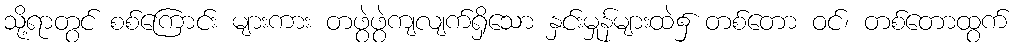
သို့ရာတွင် စစ်ကြောင်း များကား တဖွဲဖွဲကျလျက်ရှိသော နှင်းမှုန်များထဲ၌ တစ်တော ဝင်၊ တစ်တောထွက်